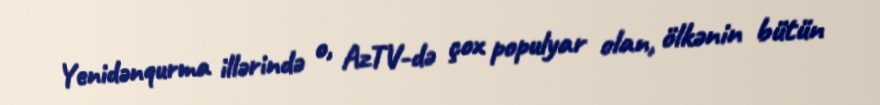
Yenidənqurma illərində o, AzTV-də çox populyar olan, ölkənin bütün